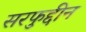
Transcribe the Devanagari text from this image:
सरफुद्दीन